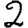
Digit: 2